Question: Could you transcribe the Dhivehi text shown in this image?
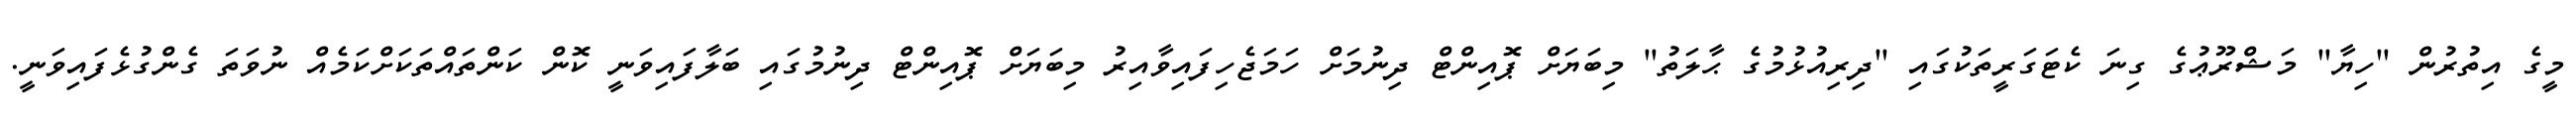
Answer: މީގެ އިތުރުން "ހިޔާ" މަޝްރޫޢުގެ ގިނަ ކެޓަގަރީތަކުގައި "ދިރިއުޅުމުގެ ޙާލަތު" މިބަޔަށް ޕޮއިންޓް ދިނުމަށް ހަމަޖެހިފައިވާއިރު މިބަޔަށް ޕޮއިންޓް ދިނުމުގައި ބަލާފައިވަނީ ކޮން ކަންތައްތަކަށްކަމެއް ނުވަތަ ގެންގުޅެފައިވަނީ.